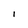
Character: i